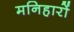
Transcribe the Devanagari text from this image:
मनिहारों